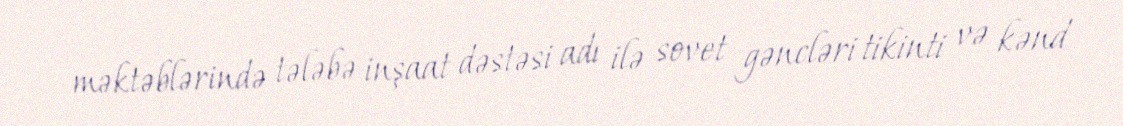
məktəblərində tələbə inşaat dəstəsi adı ilə sovet gəncləri tikinti və kənd